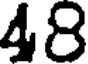
48